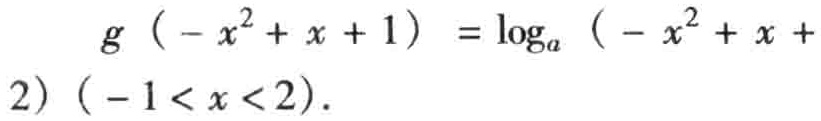
\(g\left(-x^{2}+x + 1\right)=\log_{a}\left(-x^{2}+x + 2\right)(-1<x<2)\)